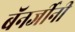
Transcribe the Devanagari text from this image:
बॅनर्जीनी